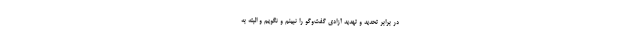
در برابر تحدید و تهدید آزادی گفت‌و‌گو را نبینم و نگویم و البته به